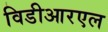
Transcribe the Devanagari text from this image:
विडीआरएल